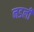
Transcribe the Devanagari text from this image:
नडली